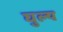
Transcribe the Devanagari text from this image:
घुल्य